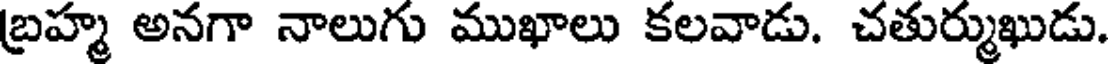
బ్రహ్మ అనగా నాలుగు ముఖాలు కలవాడు. చతుర్ముఖుడు.